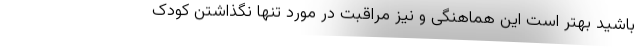
باشید بهتر است این هماهنگی و نیز مراقبت در مورد تنها نگذاشتن کودک